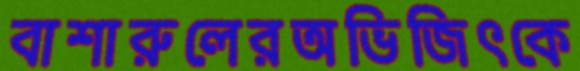
বাশারুলেরঅভিজিৎকে